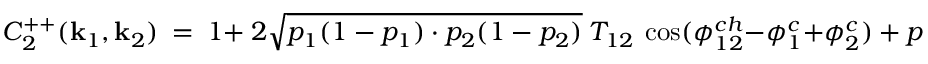
C _ { 2 } ^ { + + } ( { \bf k } _ { 1 } , { \bf k } _ { 2 } ) \ = \ 1 + \ 2 \sqrt { p _ { 1 } ( 1 - p _ { 1 } ) \cdot p _ { 2 } ( 1 - p _ { 2 } ) } \ T _ { 1 2 } \ \cos ( \phi _ { 1 2 } ^ { c h } - \phi _ { 1 } ^ { c } + \phi _ { 2 } ^ { c } ) \ + \ p _ { 1 } p _ { 2 } \ T _ { 1 2 } ^ { 2 }